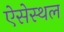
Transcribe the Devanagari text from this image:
ऐसेस्थल